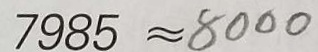
7 9 8 5 \approx 8 0 0 0